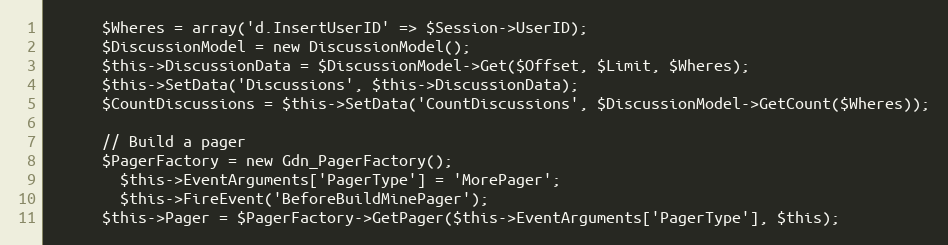
Language: PHP
      $Wheres = array('d.InsertUserID' => $Session->UserID);
      $DiscussionModel = new DiscussionModel();
      $this->DiscussionData = $DiscussionModel->Get($Offset, $Limit, $Wheres);
      $this->SetData('Discussions', $this->DiscussionData);
      $CountDiscussions = $this->SetData('CountDiscussions', $DiscussionModel->GetCount($Wheres));

      // Build a pager
      $PagerFactory = new Gdn_PagerFactory();
		$this->EventArguments['PagerType'] = 'MorePager';
		$this->FireEvent('BeforeBuildMinePager');
      $this->Pager = $PagerFactory->GetPager($this->EventArguments['PagerType'], $this);